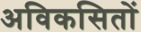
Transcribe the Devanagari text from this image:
अविकसितों